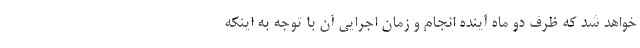
خواهد شد که ظرف دو ماه آینده انجام و زمان اجرایی آن با توجه به اینکه